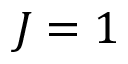
J = 1